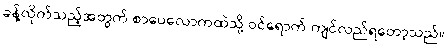
ခန့်လိုက်သည့်အတွက် စာပေလောကထဲသို့ ဝင်ရောက် ကျင်လည်ရတော့သည်။